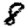
Digit: 8